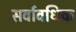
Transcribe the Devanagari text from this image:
सर्वावधिक